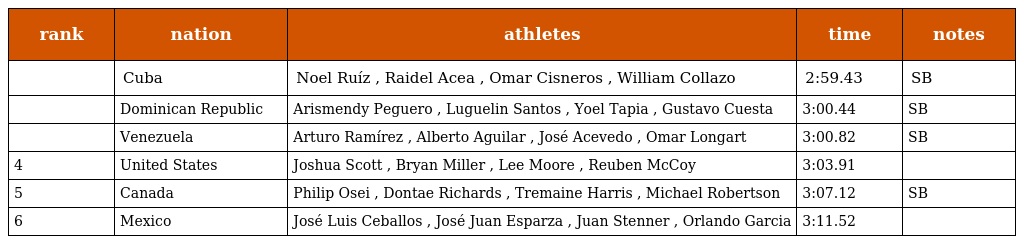
| rank | nation | athletes | time | notes |
 | --- | --- | --- | --- | --- |
 |  | Cuba | Noel Ruíz , Raidel Acea , Omar Cisneros , William Collazo | 2:59.43 | SB |
 |  | Dominican Republic | Arismendy Peguero , Luguelin Santos , Yoel Tapia , Gustavo Cuesta | 3:00.44 | SB |
 |  | Venezuela | Arturo Ramírez , Alberto Aguilar , José Acevedo , Omar Longart | 3:00.82 | SB |
 | 4 | United States | Joshua Scott , Bryan Miller , Lee Moore , Reuben McCoy | 3:03.91 |  |
 | 5 | Canada | Philip Osei , Dontae Richards , Tremaine Harris , Michael Robertson | 3:07.12 | SB |
 | 6 | Mexico | José Luis Ceballos , José Juan Esparza , Juan Stenner , Orlando Garcia | 3:11.52 |  |